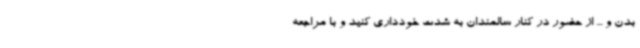
بدن و ... از حضور در کنار سالمندان به شدت خودداری کنید و با مراجعه